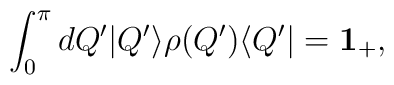
\int^\pi_0 dQ' |Q'\rangle \rho(Q') \langle Q'| = {\bf 1_+},